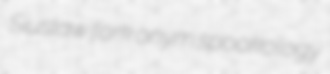
Siuslaw fork onym spookology